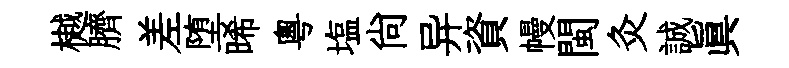
樾臍差堕晞粤塩尚异資幔閩灸誠眞